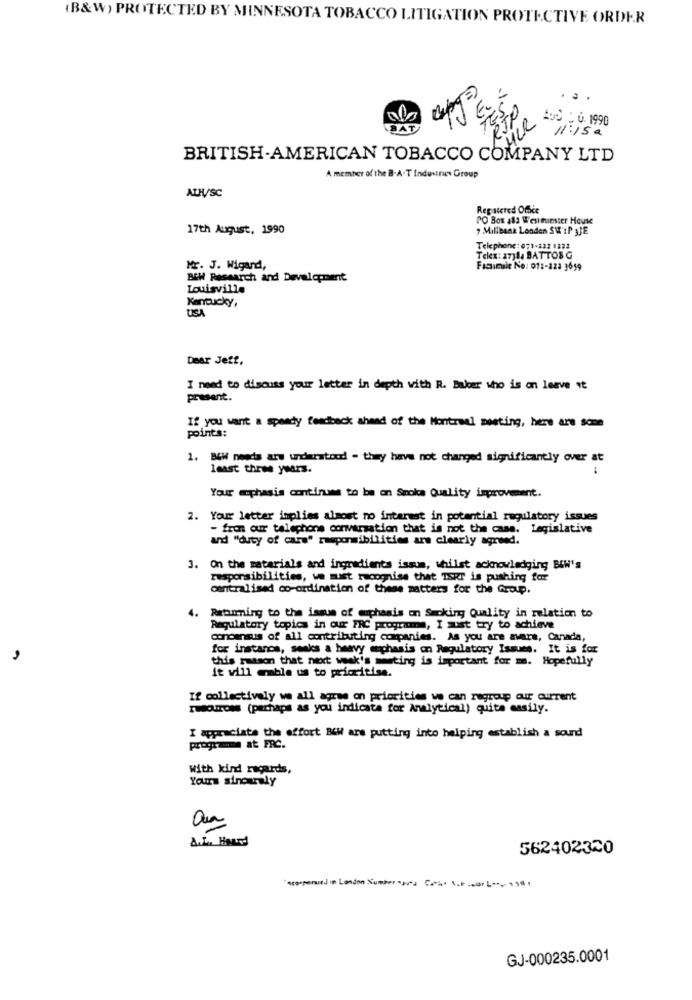
(B&W) PROTECTED BY MINNESOTA TOBACCO LITIGATION PROTECTIVE ORDER
.. .
AUS - 0. 1990
di
11:15 a
BRITISH-AMERICAN TOBACCO COMPANY LTD
A member of the B-A-T Industries Group
ALH/SC
Registered Office
PO Box als Westminster House
17th August, 1990
7 Millbank London SW'IP JJE
Telephone: 071-223 1232
Telex: a711. BATTOSG
Mr. J. Wigard,
Facsimile No: 011-223 1659
BEH Research and Development
Louisville
Kentucky,
USA
Dear Jett,
I need to discuss your letter in depth with R. Baker who is on leave it
present.
If you want a speedy feedback ahand of the Montreal meeting, here are some
points:
1. B&W needs arw understood - they have not changed significantly over at
least three years.
Your esphasis continues to be on Smoke Quality improvement.
2. Your letter implies almost no interest in potential regulatory issues
- fron our telephone conversation that is not the case. Legislative
and "duty of cars" responsibilities are clearly agreed.
3. On the materials and ingredients issus, whilst acknowledging BEW's
responsibilities, we must recognise that ISRT is pushing for
centralised co-ordination of these matters for the Group.
4.
Returning to the issue of muchamis on Smoking Quality in relation to
Regulatory topics in our FRC programa, I must try to achieve
concensus of all contributing companies. As you are aware, Canada,
for instanos, seaks a heavy emphasis on Regulatory Issues. It is for
this reason that next week's meeting is important for mm. Hopefully
it will mable us to prioritise.
If collectively we all agree on priorities we can regroup our current
resources (perhaps as you indicata for Analytical) quite easily.
I appreciate the effort BiW are putting into helping establish a sound
programme at FRC.
With kind regards,
Yours sincerely
S
562402320
"scorpersind in London Number "ars Cath. I.P .wir L ---- . 58 .
GJ-000235.0001